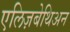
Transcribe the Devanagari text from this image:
एलिज़बेथिअन